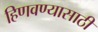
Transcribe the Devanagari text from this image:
हिणवण्यासाठी